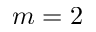
m = 2